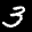
Label: 3